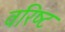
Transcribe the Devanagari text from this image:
वरिष्‍ट